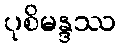
ပုစိမန္ဒဿ